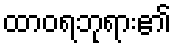
ထာဝရဘုရား၏